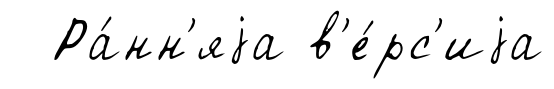
Ра́нн'яjа в'е́рс'иjа